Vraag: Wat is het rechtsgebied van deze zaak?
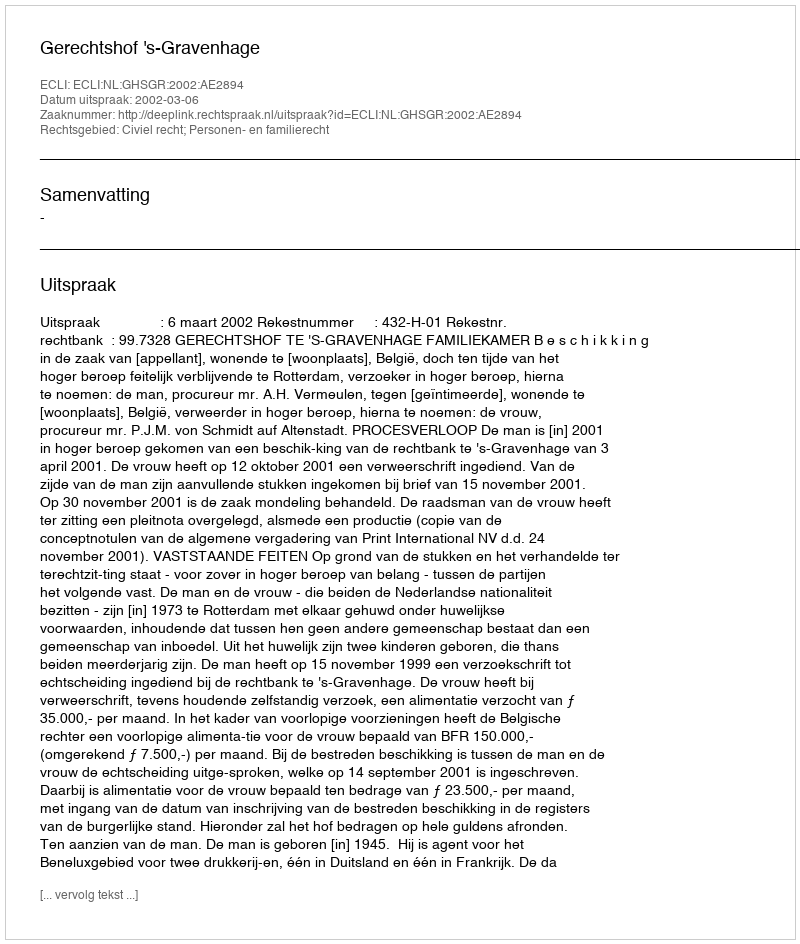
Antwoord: Civiel recht; Personen- en familierecht